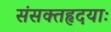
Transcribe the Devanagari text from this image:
संसक्तहृदयाः